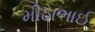
મીઠાભાઈ